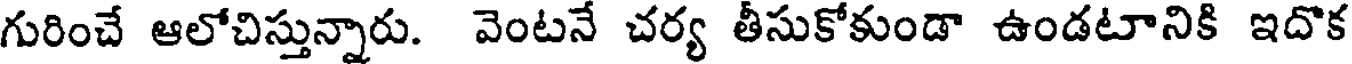
గురించే ఆలోచిస్తున్నారు. వెంటనే చర్య తీసుకోకుండా ఉండటానికి ఇదొక